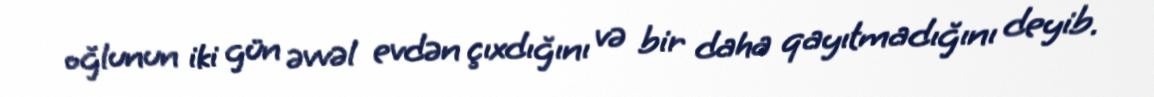
oğlunun iki gün əvvəl evdən çıxdığını və bir daha qayıtmadığını deyib.